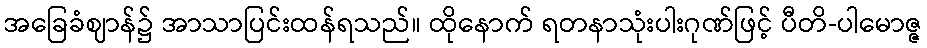
အခြေခံဈာန်၌ အာသာပြင်းထန်ရသည်။ ထိုနောက် ရတနာသုံးပါးဂုဏ်ဖြင့် ပီတိ-ပါမောဇ္ဇ